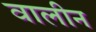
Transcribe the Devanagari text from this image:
वालीन